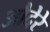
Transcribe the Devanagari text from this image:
औदेरे